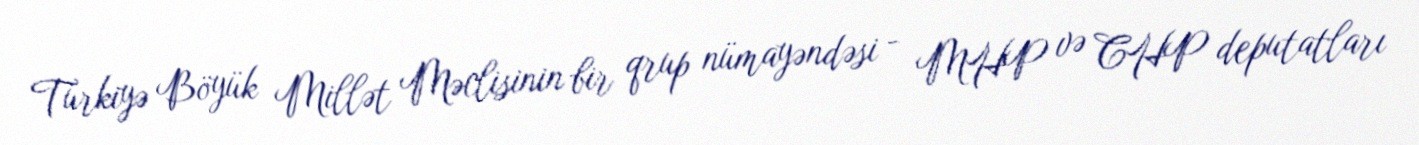
Türkiyə Böyük Millət Məclisinin bir qrup nümayəndəsi - MHP və CHP deputatları